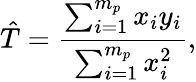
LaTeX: \hat{T}=\frac{\sum_{i=1}^{m_{p}}x_{i}y_{i}}{\sum_{i=1}^{m_{p}}x_{i}^{2}},